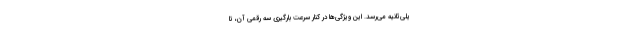
یلی‌ثانیه می‌رسد. این ویژگی‌ها در کنار سرعت بارگیری سه رقمی آن، تا